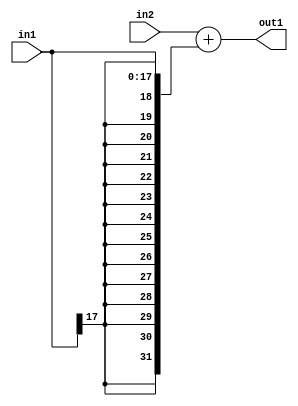
`timescale 1ps / 1ps
/*****************************************************************************
    Verilog RTL Description
    
    
    Created by: Stratus DpOpt 2019.1.01 
*******************************************************************************/

module mac_Add_32Sx18S_32S_1 (
	in2,
	in1,
	out1
	); /* architecture "behavioural" */ 
input [31:0] in2;
input [17:0] in1;
output [31:0] out1;
wire [31:0] asc001;

assign asc001 = 
	+(in2)
	+({{14{in1[17]}}, in1});

assign out1 = asc001;
endmodule

/* CADENCE  ubL0Qgo= : u9/ySgnWtBlWxVPRXgAZ4Og= ** DO NOT EDIT THIS LINE ******/